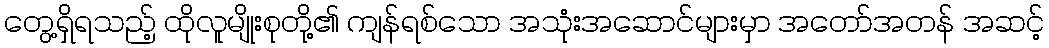
တွေ့ရှိရသည့် ထိုလူမျိုးစုတို့၏ ကျန်ရစ်သော အသုံးအဆောင်များမှာ အတော်အတန် အဆင့်